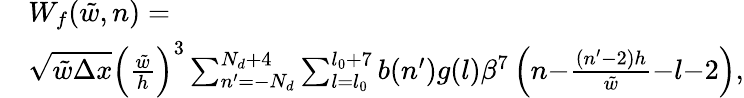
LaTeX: \begin{array}{rl}&{W_{f}(\tilde{w},n)=}\\ &{\sqrt{\tilde{w}\Delta x}\left(\frac{\tilde{w}}{h}\right)^{3}\sum_{n^{\prime}=-N_{d}}^{N_{d}+4}\sum_{l=l_{0}}^{l_{0}+7}b(n^{\prime})g(l)\beta^{7}\left(n{-}\frac{(n^{\prime}{-}2)h}{\tilde{w}}{-}l{-}2\right),}\end{array}